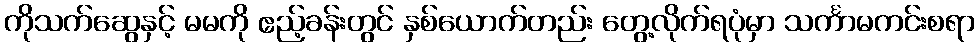
ကိုသက်ဆွေနှင့် မမကို ဧည့်ခန်းတွင် နှစ်ယောက်တည်း တွေ့လိုက်ရပုံမှာ သင်္ကာမကင်းစရာ